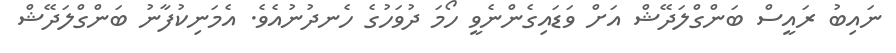
ނައިބު ރައީސް ބަންގްލަދޭޝް އަށް ވަޑައިގެންނެވީ ހޯމަ ދުވަހުގެ ހެނދުނުއެވެ. އެމަނިކުފާނު ބަންގްލަދޭޝް